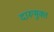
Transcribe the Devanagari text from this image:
दारूमुक्त